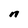
Character: n